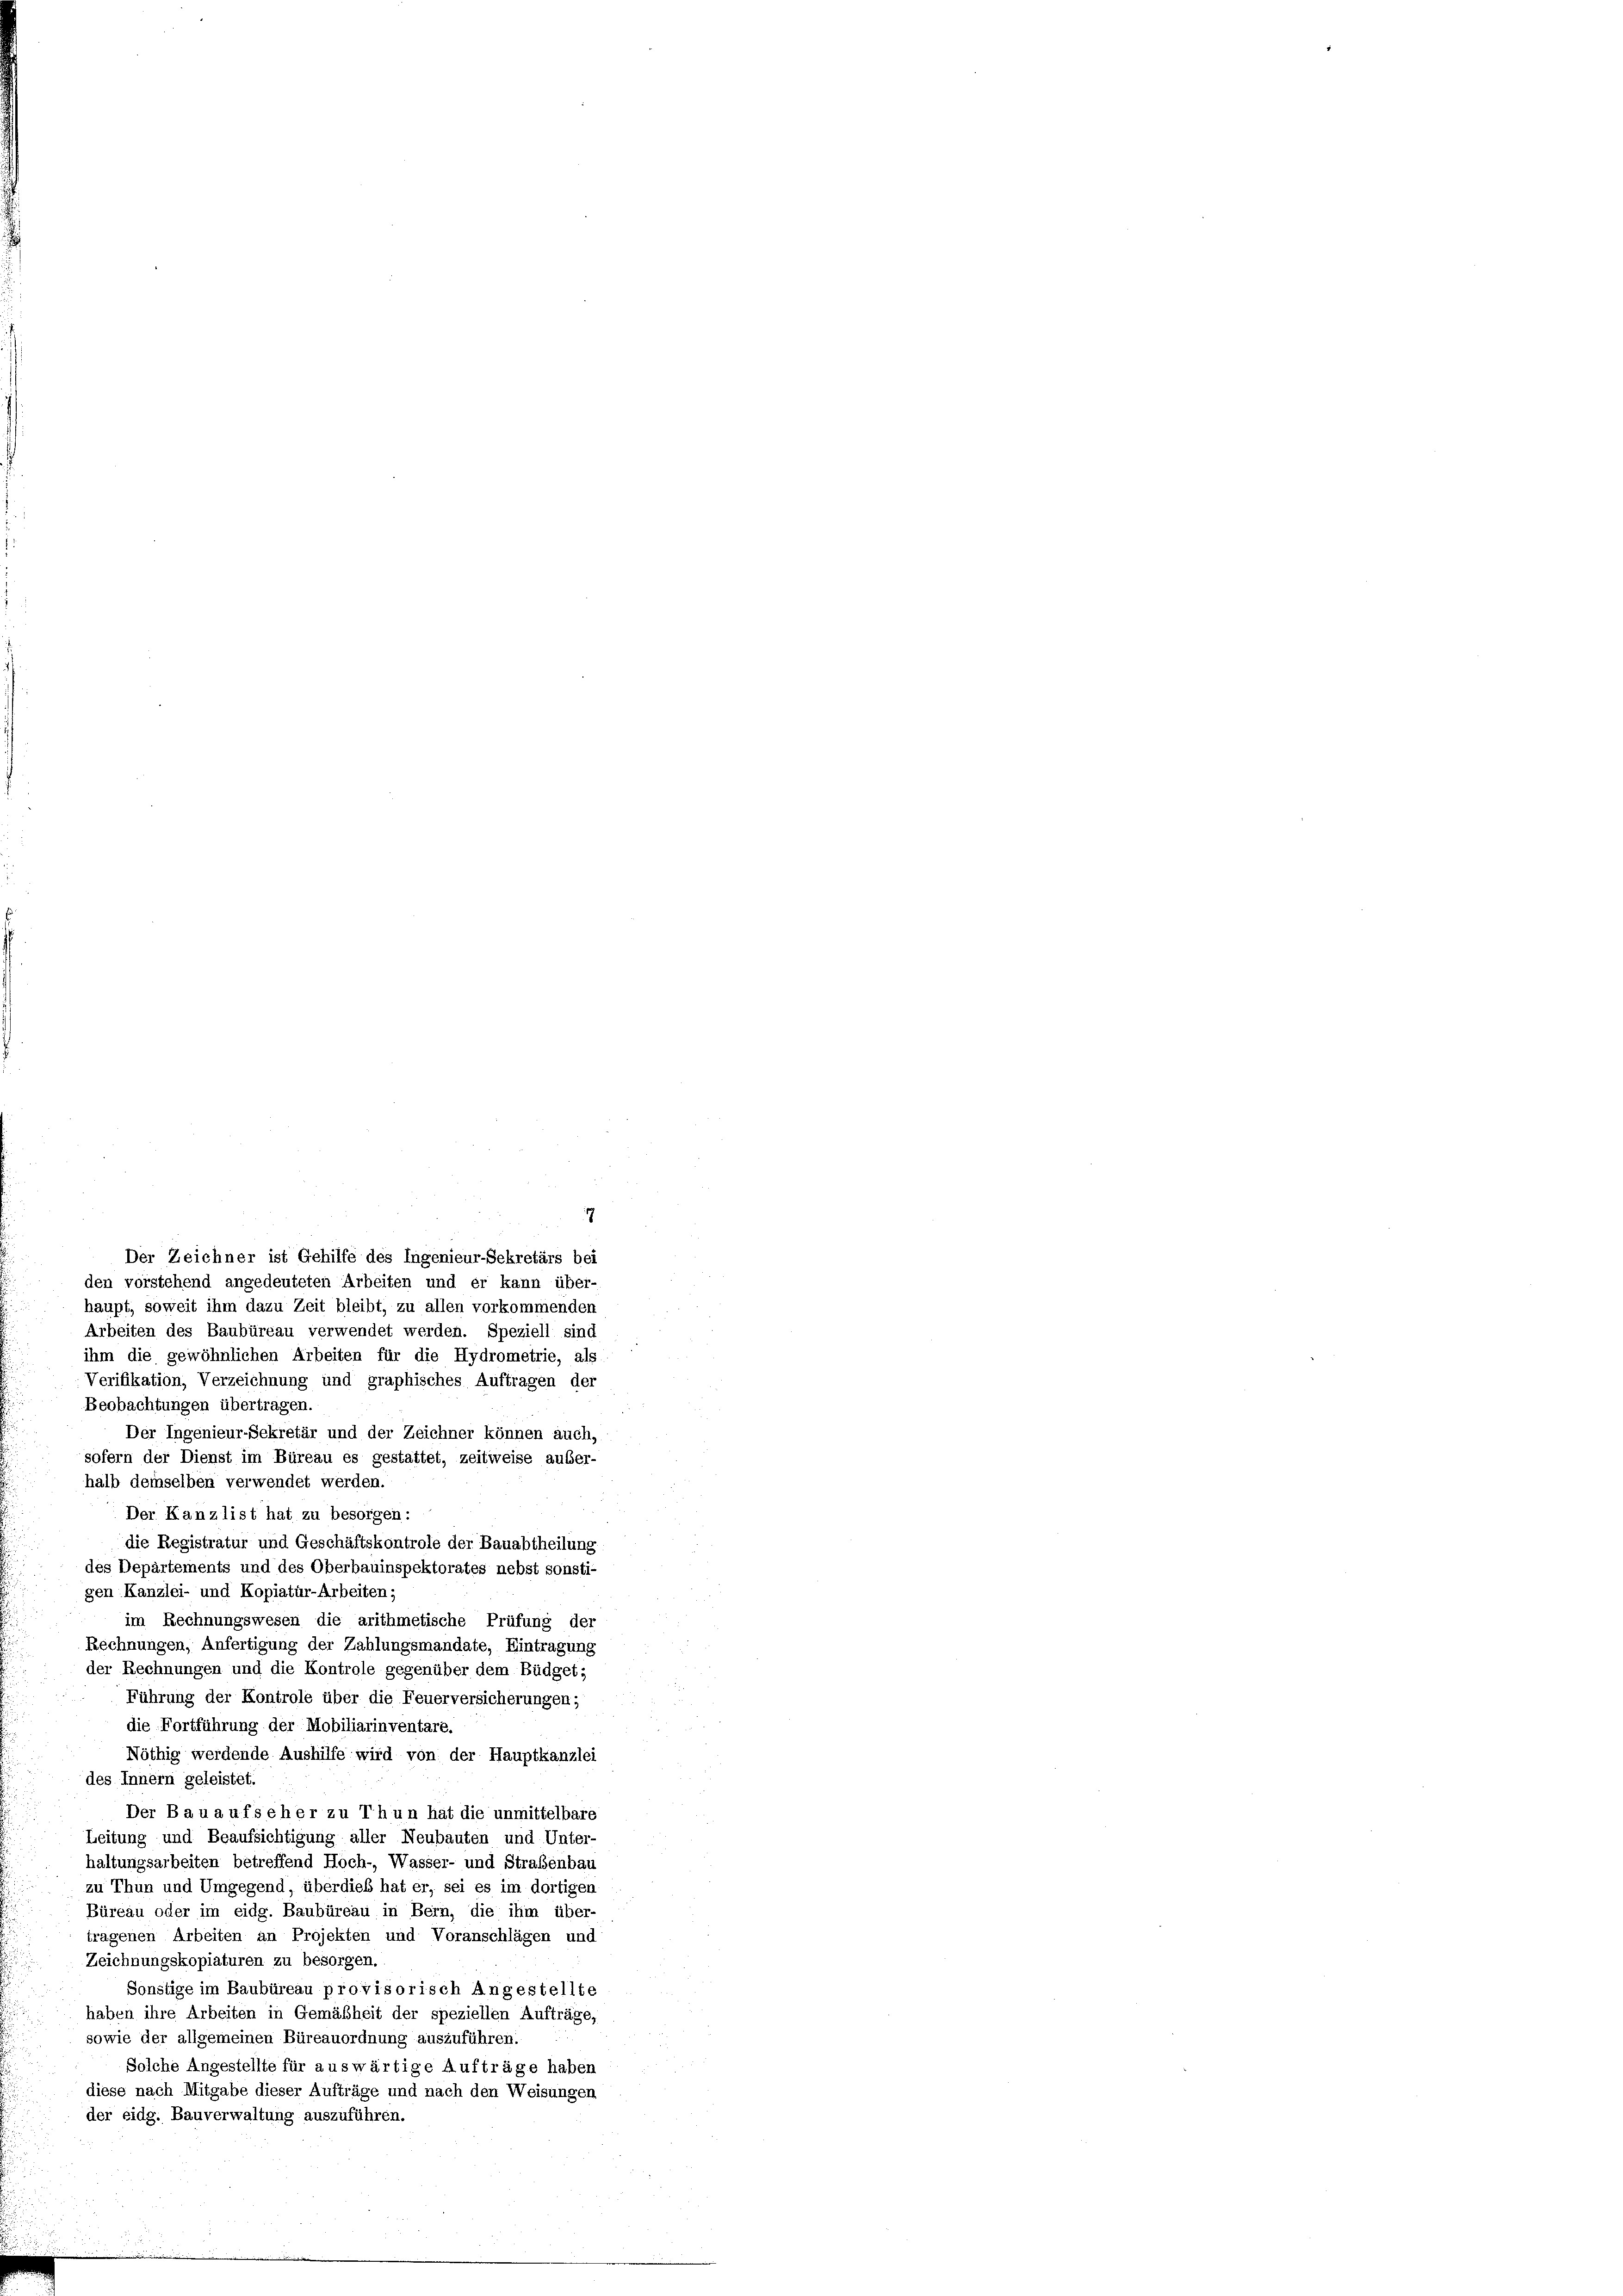
7
Der Zeichner ist Gehilfe des Ingenieur-Sekretärs bei
den vorstehend angedeuteten Arbeiten und er kann über-
haupt, soweit ihm dazu Zeit bleibt, zu allen vorkommenden
Arbeiten des Baubüreau verwendet werden. Speziell sind
ihm die gewöhnlichen Arbeiten für die Hydrometrie, als
Verifikation, Verzeichnung und graphisches Auftragen der
Beobachtungen übertragen.
Der Ingenieur-Sekretär und der Zeichner können auch,
sofern der Dienst im Büreau es gestattet, zeitweise außer-
halb demselben verwendet werden.
Der Kanzlist hat zu besorgen:
die Registratur und Geschäftskontrole der Bauabtheilung
des Departements und des Oberbauinspektorates nebst sonsti-
gen Kanzlei- und Kopiatur-Arbeiten;
im Rechnungswesen die arithmetische Prüfung der
Rechnungen, Anfertigung der Zahlungsmandate, Eintragung
der Rechnungen und die Kontrole gegenüber dem Büdget;
Führung der Kontrole über die Feuerversicherungen;
die Fortführung der Mobiliarinventare.
Nöthig werdende Aushilfe wird von der Hauptkanzlei
des Innern geleistet.
Der Bauaufseher zu Thun hat die unmittelbare
Zeitung und Beaufsichtigung aller Neubauten und Unter-
haltungsarbeiten betreffend Hoch-, Wasser- und Straßenbau
zu Thun und Umgegend, überdies hat er, sei es im dortigen
Büreau oder im eidg. Baubüreau in Bern, die ihm über-
tragenen Arbeiten an Projekten und Voranschlägen und
Zeichnungskopiaturen zu besorgen.
Sonstige im Baubüreau provisorisch Angestellte
haben ihre Arbeiten in Gemäßheit der speziellen Aufträge,
sowie der allgemeinen Büreauordnung auszuführen.
Solche Angestellte für auswärtige Aufträge haben
diese nach Mitgabe dieser Aufträge und nach den Weisungen
der eidg. Bauverwaltung auszuführen.